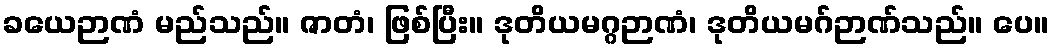
ခယေဉာဏံ မည်သည်။ ဇာတံ၊ ဖြစ်ပြီး။ ဒုတိယမဂ္ဂဉာဏံ၊ ဒုတိယမဂ်ဉာဏ်သည်။ ပေ။